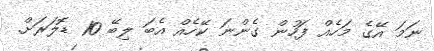
ނަމަ އޭގެ މަހެއް ފަހުން ގެންނަ ކޭހެއް އެބަ ލިބޭ 10 ޑޮލަރަށް.